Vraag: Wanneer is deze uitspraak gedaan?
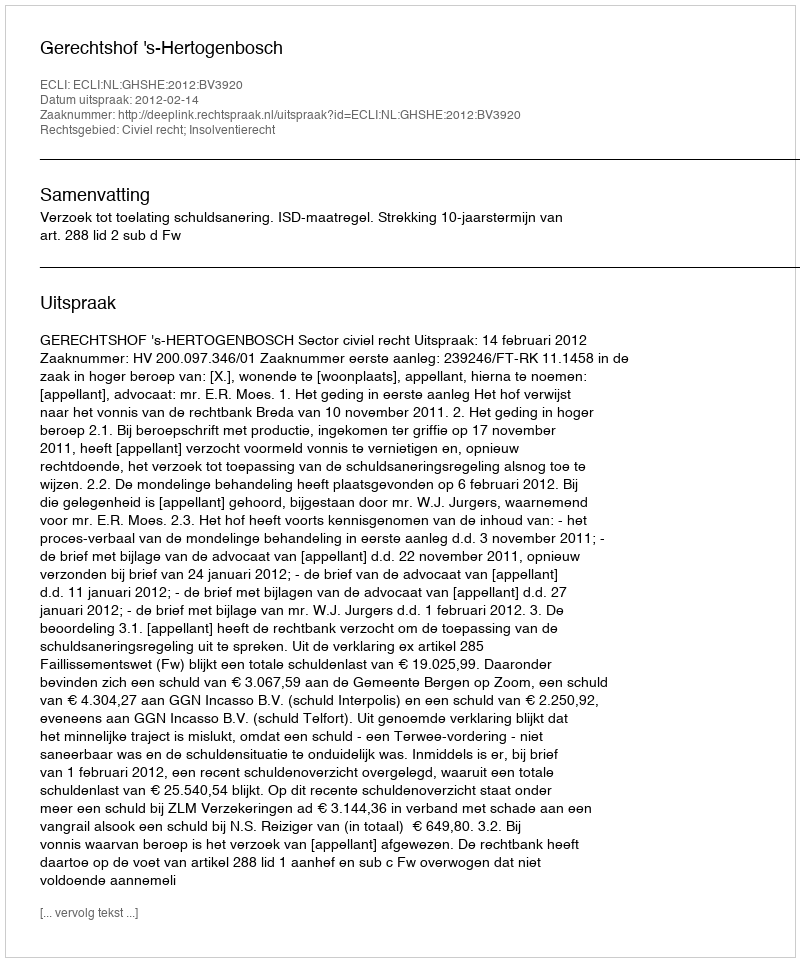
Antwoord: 2012-02-14